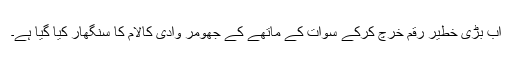
اب بڑی خطیر رقم خرچ کرکے سوات کے ماتھے کے جھومر وادی کالام کا سنگھار کیا گیا ہے۔